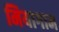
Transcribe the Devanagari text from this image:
मियागाम